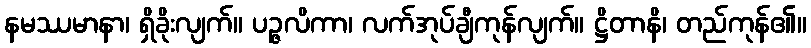
နမဿမာနာ၊ ရှိခိုးလျက်။ ပဉ္ဇလိကာ၊ လက်အုပ်ချီကုန်လျက်။ ဋ္ဌိတာနိ၊ တည်ကုန်၏။